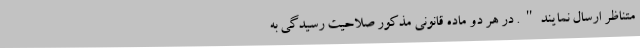
متناظر ارسال نمایند". در هر دو ماده قانونی مذکور صلاحیت رسیدگی به